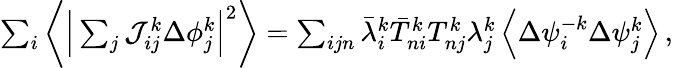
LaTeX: \begin{array}{r}{\sum_{i}\bigg\langle\Big\vert\sum_{j}\mathcal{J}_{ij}^{k}\Delta{\phi}_{j}^{k}\Big\vert^{2}\bigg\rangle=\sum_{ijn}\bar{\lambda}_{i}^{k}\bar{T}_{ni}^{k}T_{nj}^{k}\lambda_{j}^{k}\left\langle\Delta{\psi}_{i}^{-k}\Delta{\psi}_{j}^{k}\right\rangle\, ,}\end{array}